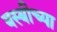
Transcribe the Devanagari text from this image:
बस्बीच्या